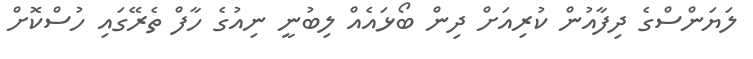
ލަޔަންސްގެ ދިފާއުން ކުރިއަށް ދިން ބޯޅައެއް ލިބުނީ ނިއުގެ ހާފް ތެރޭގައި ހުސްކޮށް